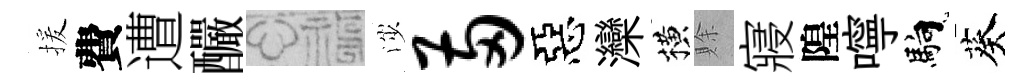
援費遭釅福渉两惡灤横賖寢隍嚀馿葵